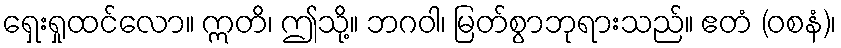
ရှေးရှုထင်လော။ ဣတိ၊ ဤသို့။ ဘဂဝါ၊ မြတ်စွာဘုရားသည်။ ဧတံ (ဝစနံ)၊